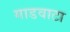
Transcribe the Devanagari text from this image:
गाडवाटा